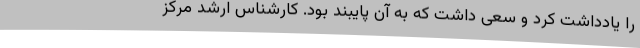
را یادداشت کرد و سعی داشت که به آن پایبند بود. کارشناس ارشد مرکز